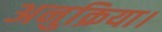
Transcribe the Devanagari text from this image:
अनुक्रिया।